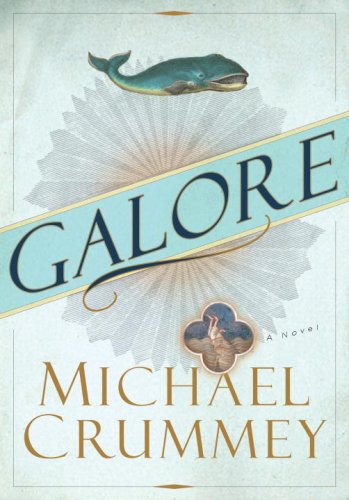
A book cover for Galore; Michael Crummey; Literature & Fiction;